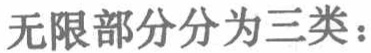
无限部分分为三类：